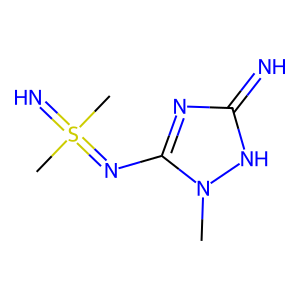
SMILES: Cn1[nH]c(=N)nc1N=S(C)(C)=N
Inhibits HIV replication: No